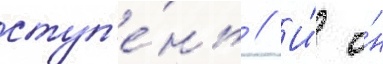
ступ'е́нь // И́ о́н